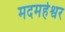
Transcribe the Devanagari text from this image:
मदमहेश्वर